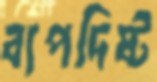
ব্যপদিষ্ট